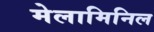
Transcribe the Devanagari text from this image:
मेलामिनिल